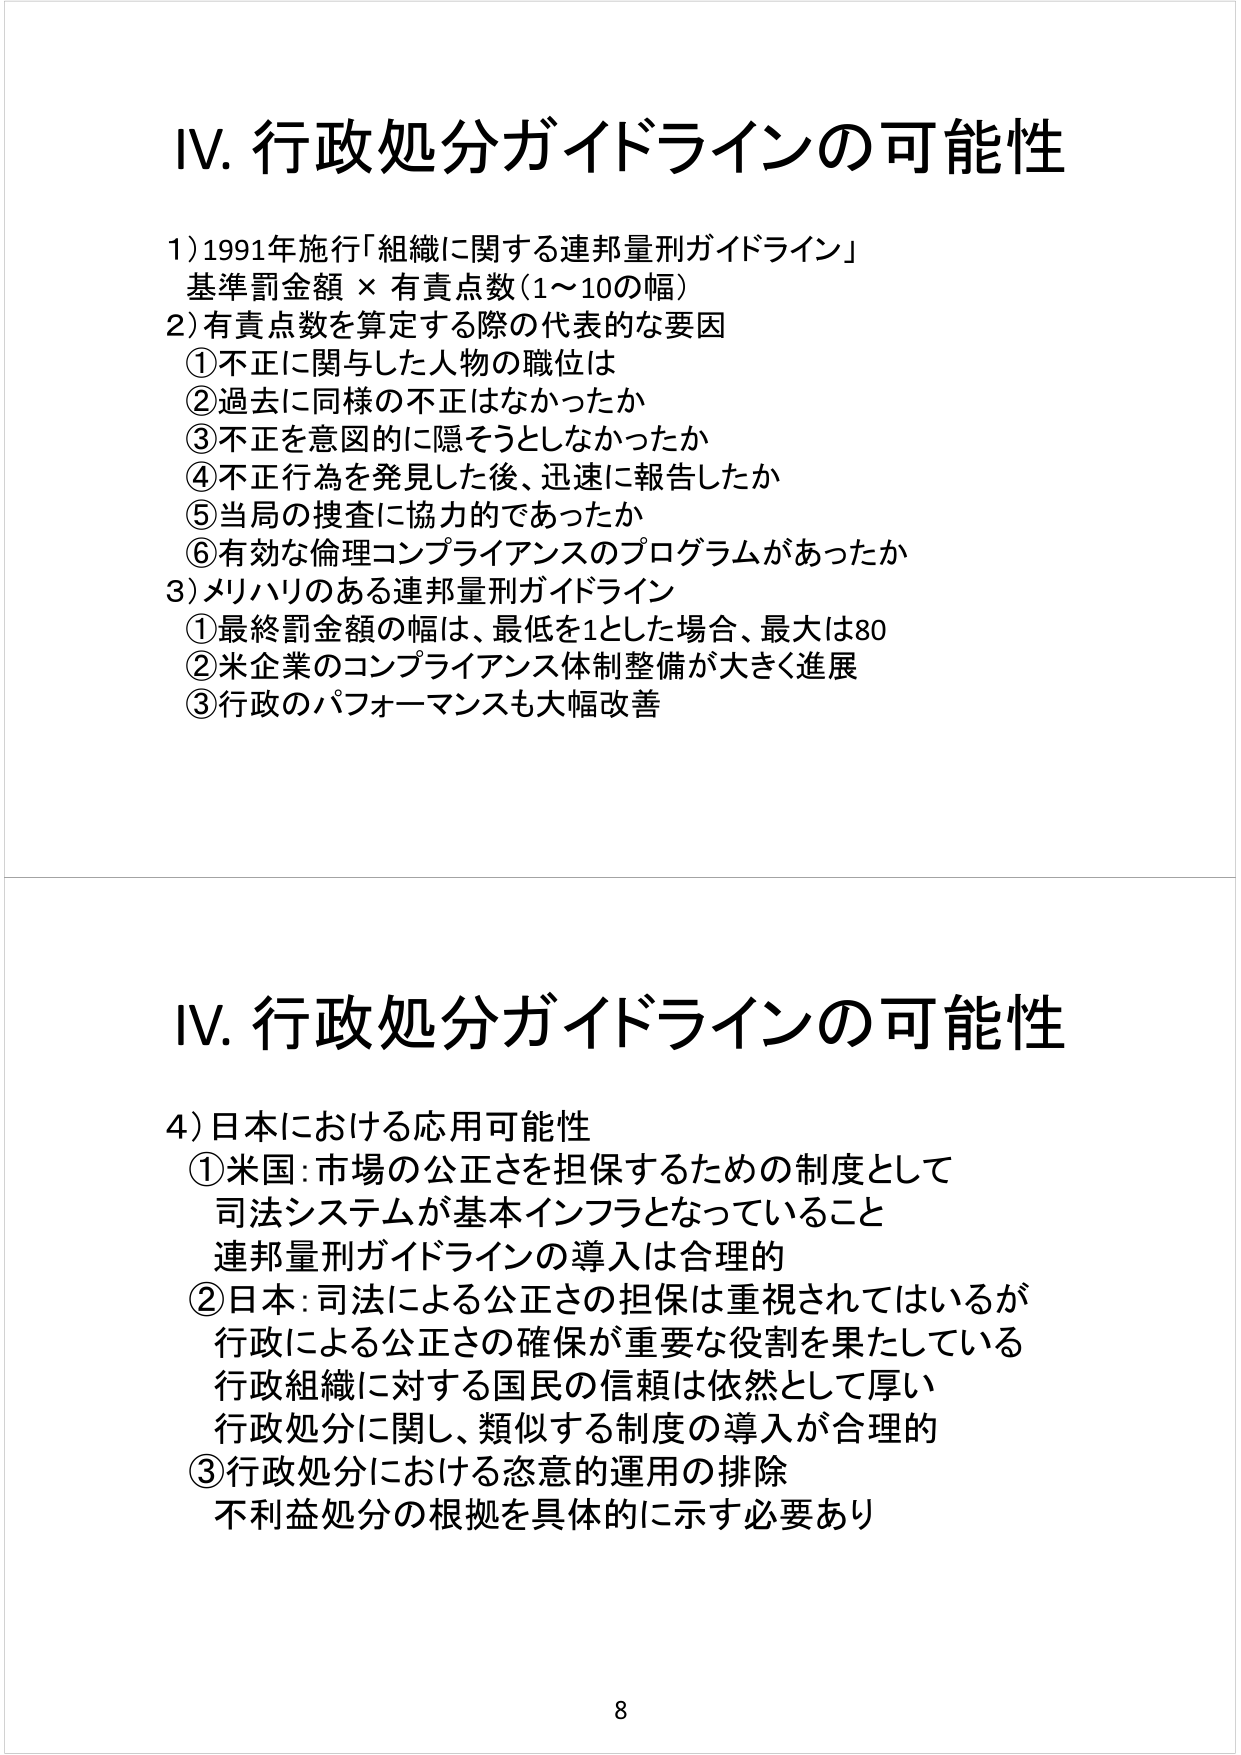
IV. 行政処分ガイドラインの可能性

1) 1991年施行「組織に関する連邦量刑ガイドライン」
　基準罰金額 × 有責点数（1～10の幅）

2) 有責点数を算定する際の代表的な要因
　① 不正に関与した人物の職位は
　② 過去に同様の不正はなかったか
　③ 不正を意図的に隠そうとしなかったか
　④ 不正行為を発見した後、迅速に報告したか
　⑤ 当局の捜査に協力的であったか
　⑥ 有効な倫理コンプライアンスのプログラムがあったか

3) メリハリのある連邦量刑ガイドライン
　① 最終罰金額の幅は、最低を1とした場合、最大は80
　② 米企業のコンプライアンス体制整備が大きく進展
　③ 行政のパフォーマンスも大幅改善

IV. 行政処分ガイドラインの可能性

4) 日本における応用可能性
　① 米国：市場の公正さを担保するための制度として
　　　司法システムが基本インフラとなっていること
　　　連邦量刑ガイドラインの導入は合理的
　② 日本：司法による公正さの担保は重視されているが
　　　行政による公正さの確保が重要な役割を果たしている
　　　行政組織に対する国民の信頼は依然として厚い
　　　行政処分に関し、類似する制度の導入が合理的
　③ 行政処分における恣意的運用の排除
　　　不利益処分の根拠を具体的に示す必要あり

8